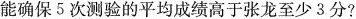
能确保5次测验的平均成绩高于张龙至少3分?